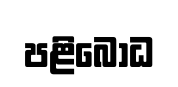
පළිබෝධ